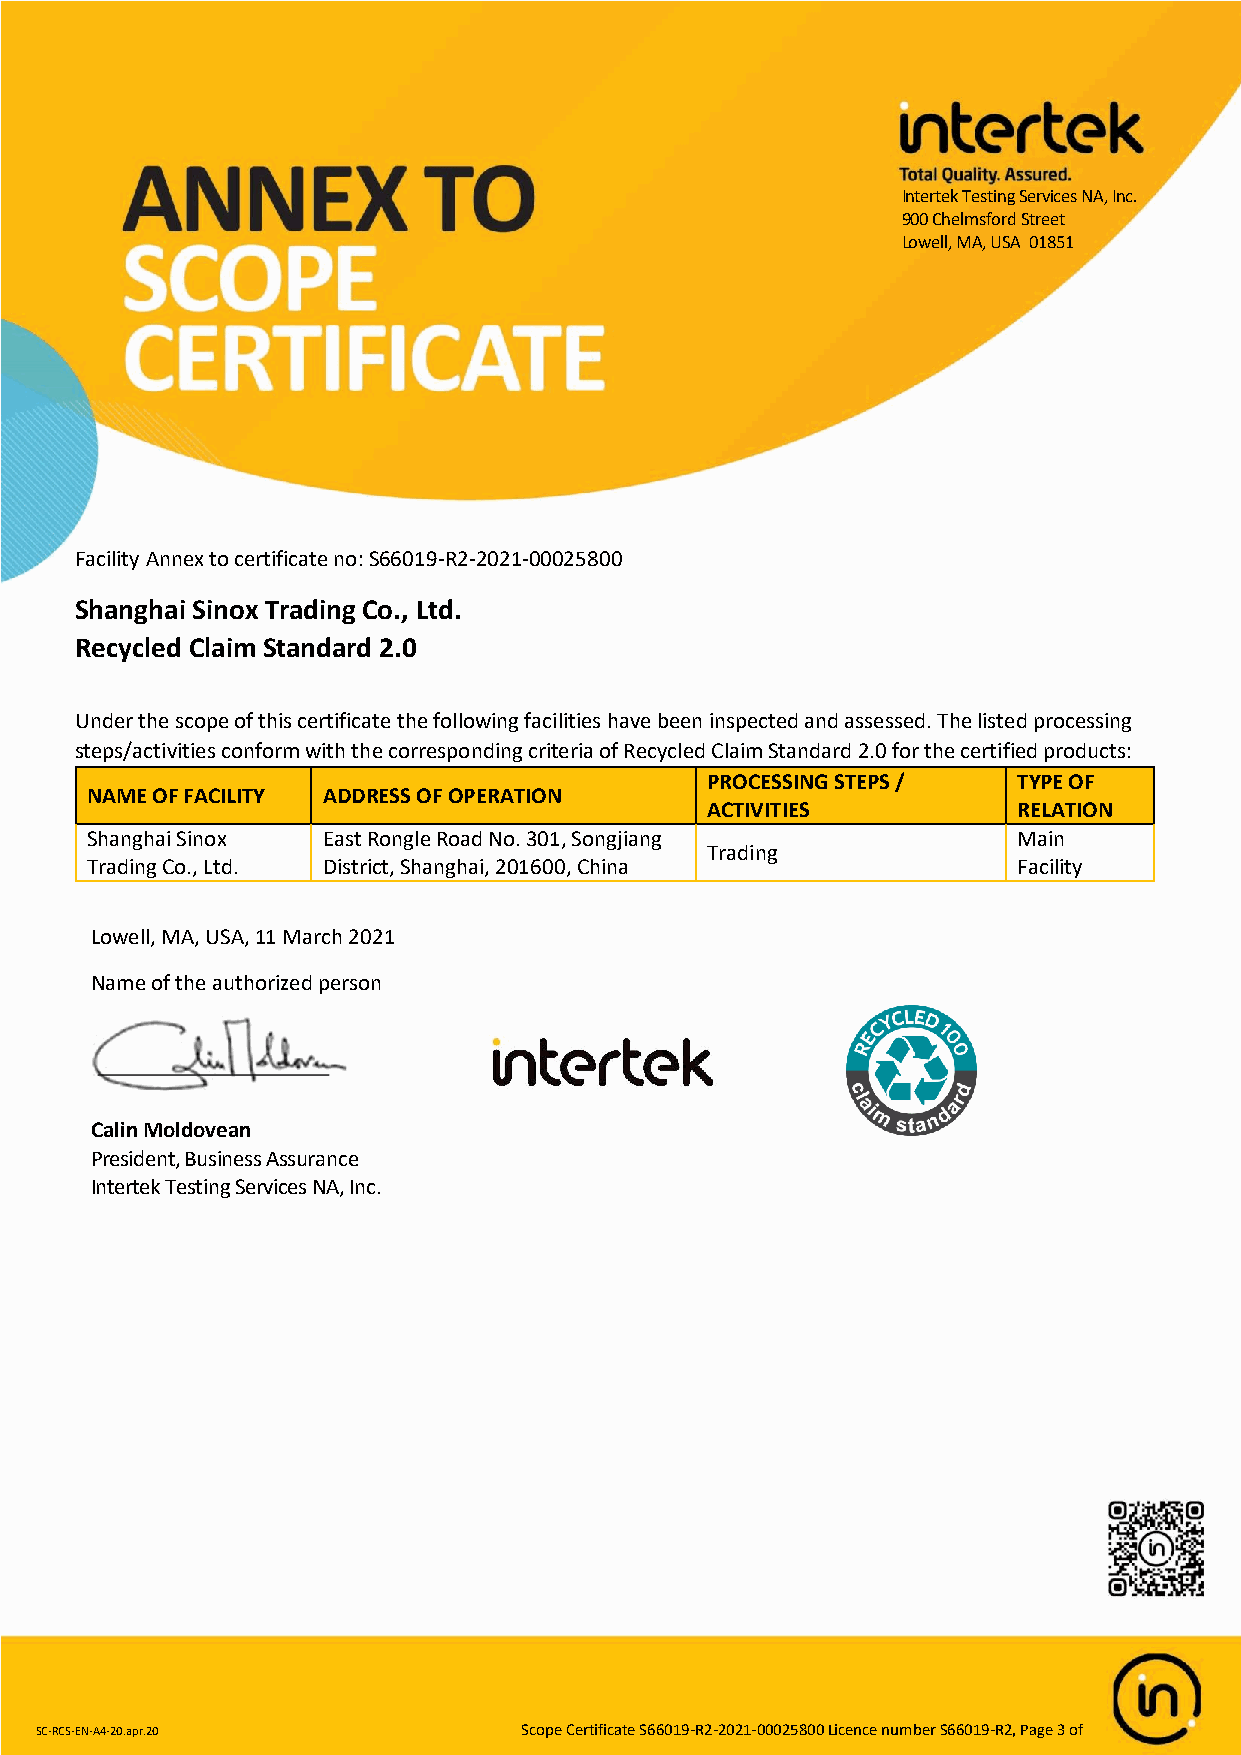
Intertek Testing Services NA, Inc.
 900 Chelmsford Street
 Lowell, MA, USA 01851
 Facility Annex to certificate no: S66019-R2-2021-00025800
 Shanghai Sinox Trading Co., Ltd.
 Recycled Claim Standard 2.0
 Under the scope of this certificate the following facilities have been inspected and assessed. The listed processing
 steps/activities conform with the corresponding criteria of Recycled Claim Standard 2.0 for the certified products:
 PROCESSING STEPS /  TYPE OF
 NAME OF FACILITY ADDRESS OF OPERATION
 ACTIVITIES          RELATION
 Shanghai Sinox East Rongle Road No. 301, Songjiang           Main
 Trading
 Trading Co., Ltd. District, Shanghai, 201600, China          Facility
 Lowell, MA, USA, 11 March 2021
 Name of the authorized person
 Calin Moldovean
 President, Business Assurance
 Intertek Testing Services NA, Inc.
 SC-RCS-EN-A4-20.apr.20           Scope Certificate S66019-R2-2021-00025800 Licence number S66019-R2, Page 3 of
 3